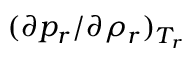
( \partial p _ { r } / \partial \rho _ { r } ) _ { T _ { r } }